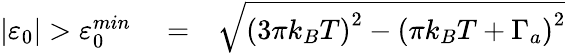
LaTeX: \begin{array}{rlr}{\left\vert\varepsilon_{0}\right\vert>\varepsilon_{0}^{min}}&{{}=}&{\sqrt{\left(3\pi k_{B}T\right)^{2}-\left(\pi k_{B}T+\Gamma_{a}\right)^{2}}}\end{array}